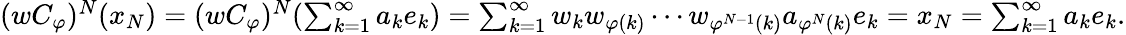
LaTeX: \begin{array}{r}{(wC_{\varphi})^{N}(x_{N})=(wC_{\varphi})^{N}(\sum_{k=1}^{\infty}{a_{k}e_{k}})=\sum_{k=1}^{\infty}{w_{k}w_{\varphi(k)}\cdots w_{\varphi^{N-1}(k)}a_{\varphi^{N}(k)}e_{k}}=x_{N}=\sum_{k=1}^{\infty}{a_{k}e_{k}}.}\end{array}